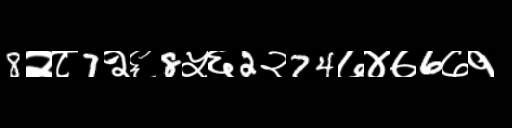
Text: 8२८7२६8५६2२74७४७6७१